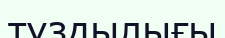
түздылығы